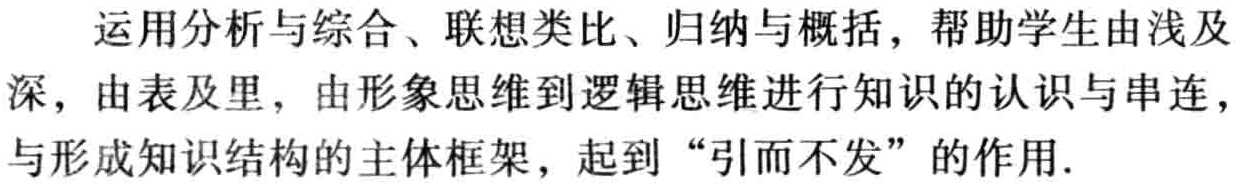
运用分析与综合、联想类比、归纳与概括，帮助学生由浅及深，由表及里，由形象思维到逻辑思维进行知识的认识与串连，与形成知识结构的主体框架，起到“引而不发”的作用.